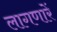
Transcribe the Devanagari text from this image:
लागणारें